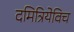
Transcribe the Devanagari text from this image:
दमित्रियेविच